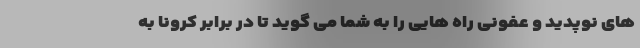
های نوپدید و عفونی راه هایی را به شما می گوید تا در برابر کرونا به